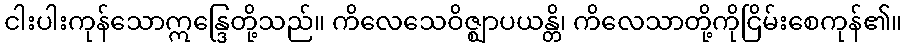
ငါးပါးကုန်သောဣန္ဒြေတို့သည်။ ကိလေသေဝိဇ္ဈာပယန္တိ၊ ကိလေသာတို့ကိုငြိမ်းစေကုန်၏။